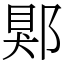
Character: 郹